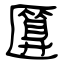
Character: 匴